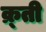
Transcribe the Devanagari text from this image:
क्र्ती